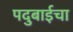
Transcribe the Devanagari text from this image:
पदुबाईचा